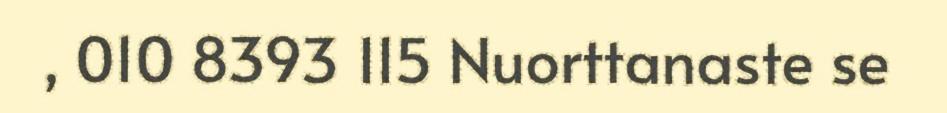
, 010 8393 115 Nuorttanaste se